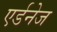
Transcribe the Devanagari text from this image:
एर्डनेज